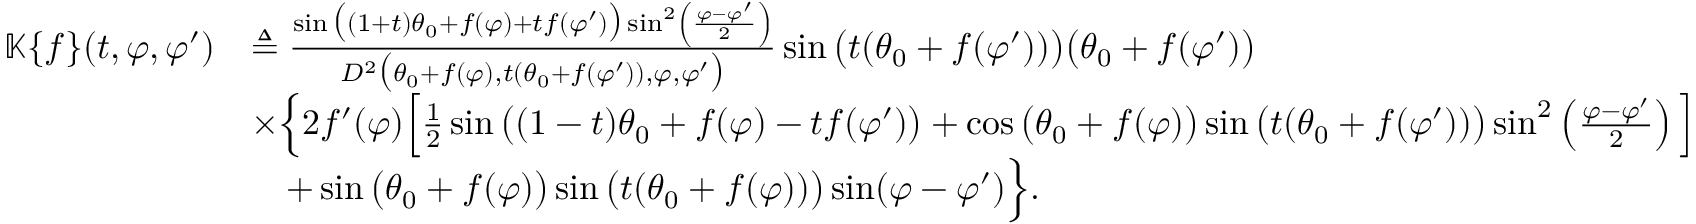
\begin{array} { r l } { \mathbb { K } \{ f \} ( t , \varphi , \varphi ^ { \prime } ) } & { \triangleq \frac { \sin \big ( ( 1 + t ) \theta _ { 0 } + f ( \varphi ) + t f ( \varphi ^ { \prime } ) \big ) \sin ^ { 2 } \left( \frac { \varphi - \varphi ^ { \prime } } { 2 } \right) } { D ^ { 2 } \big ( \theta _ { 0 } + f ( \varphi ) , t ( \theta _ { 0 } + f ( \varphi ^ { \prime } ) ) , \varphi , \varphi ^ { \prime } \big ) } \sin \big ( t ( \theta _ { 0 } + f ( \varphi ^ { \prime } ) ) \big ) \big ( \theta _ { 0 } + f ( \varphi ^ { \prime } ) \big ) } \\ & { \times \Big \{ 2 f ^ { \prime } ( \varphi ) \Big [ \frac { 1 } { 2 } \sin \big ( ( 1 - t ) \theta _ { 0 } + f ( \varphi ) - t f ( \varphi ^ { \prime } ) \big ) + \cos \big ( \theta _ { 0 } + f ( \varphi ) \big ) \sin \big ( t ( \theta _ { 0 } + f ( \varphi ^ { \prime } ) ) \big ) \sin ^ { 2 } \left( \frac { \varphi - \varphi ^ { \prime } } { 2 } \right) \Big ] } \\ & { \quad + \sin \big ( \theta _ { 0 } + f ( \varphi ) \big ) \sin \big ( t ( \theta _ { 0 } + f ( \varphi ) ) \big ) \sin ( \varphi - \varphi ^ { \prime } ) \Big \} . } \end{array}